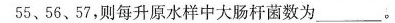
55、56、57，则每升原水样中大肠杆菌数为___。